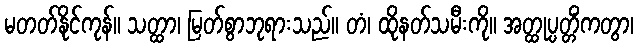
မတတ်နိုင်ကုန်။ သတ္ထာ၊ မြတ်စွာဘုရားသည်။ တံ၊ ထိုနတ်သမီးကို။ အတ္ထုပ္ပတ္တိံကတွာ၊